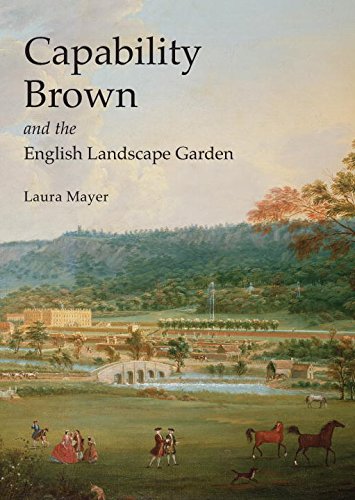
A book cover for Capability Brown and the English Landscape Garden (Shire Library); Laura Mayer; Crafts, Hobbies & Home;